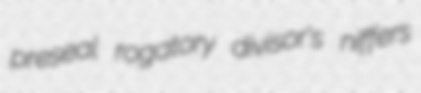
preseal rogatory divisor's niffers